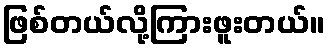
ဖြစ်တယ်လို့ကြားဖူးတယ်။